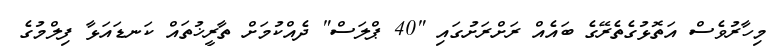
މިހާރުވެސް އަތޮޅުގެތެރޭގެ ބައެއް ރަށްރަށުގައި "40 ޕްލަސް" ދެއްކުމަށް ތާރީޚުތައް ކަނޑައަޅާ ފިލްމުގެ